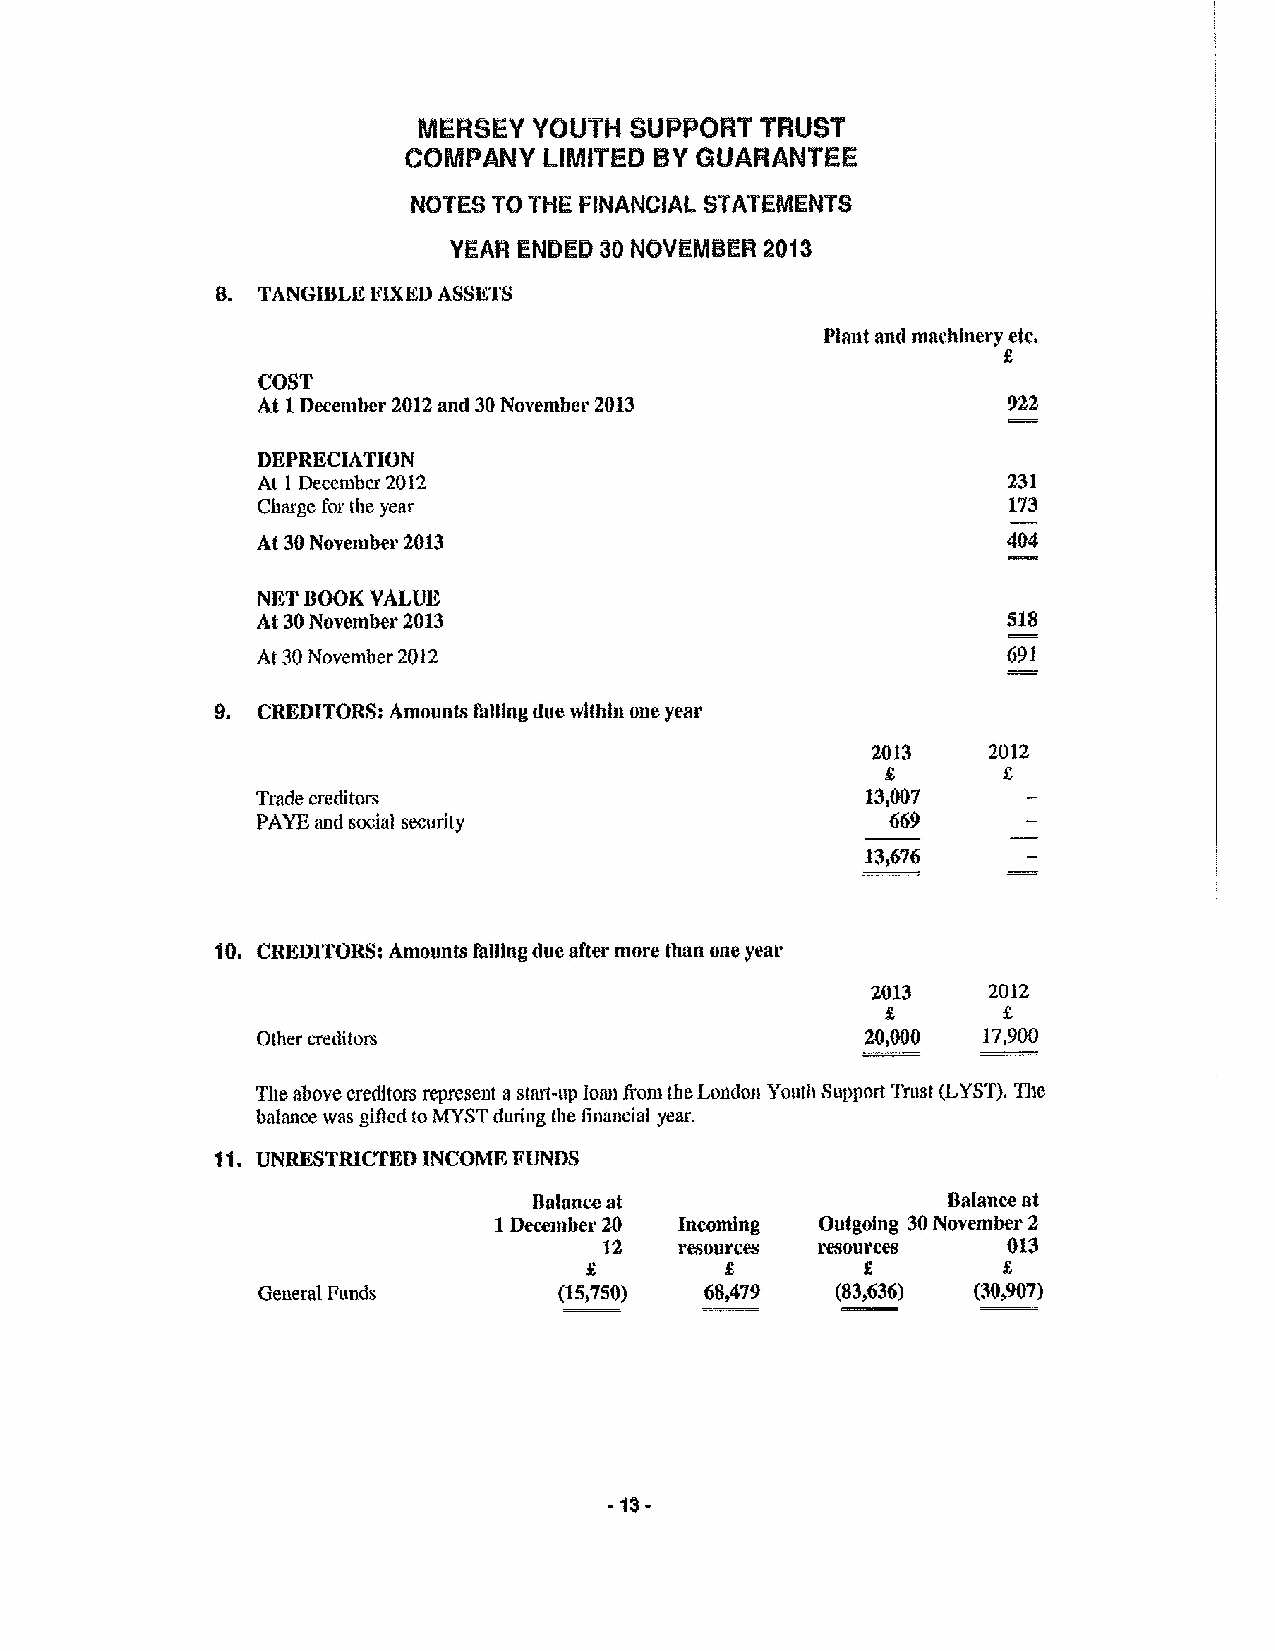
MERSEY YOUTH  SUPPORT TRUST
 COMPANY  LIMITED BYGUARANTEE
 NQTES TO THE FINANCIAL STATEIIIIIENT8
 VEAR ENDED 30NOVEMBEA 2013
 8. TANGIBLE KIXKD ASSKTS
 Plant and machnlery etc,
 g
 COST
 At 1December 2012and 30November 2013
 DEPRECIATION
 At 1 December 2012                                231
 Charge for the year                               173
 At 30November 2013                                404
 NET BOOK VAME
 At 30Noveinber 2013                               518
 At 30November 2012                                691
 9. CREDITORS; Amounts falling due within one year
 2013
 Trade creditors                         13,007
 PAYBand social security                   669
 13,676
 10. CREDITORS: Amounts falling due after more than one year
 2013   2012
 f
 Other creditors                         20,000  1l,900
 The above creditors represent astart-up loan from the London Youth Support Trust (LYST).The
 balance was gilled toMYSTduring the financial year.
 11. UNRK&STRICTKD INCOME I&'UNDS
 Balance at                  Balance at
 1December 20 Incoming Outgoing 30November 2
 resources resources   013
 General Funds       (15,750)  68,479  (83,636) (30,907)
 -13-